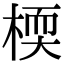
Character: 㮕